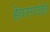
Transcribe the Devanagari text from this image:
हेयरस्टाईल